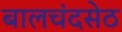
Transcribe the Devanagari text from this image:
बालचंदसेठ